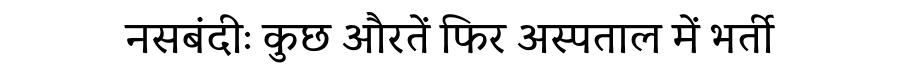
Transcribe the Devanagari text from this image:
नसबंदीः कुछ औरतें फिर अस्पताल में भर्ती